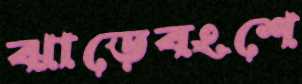
ঝাড়েবংশে